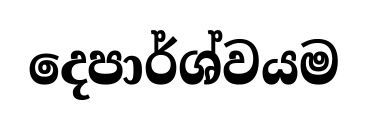
දෙපාර්ශ්වයම